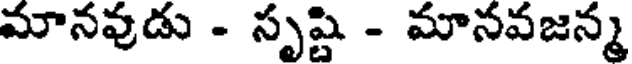
మానవుడు - సృష్టి - మానవజన్మ